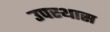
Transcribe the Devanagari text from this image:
उपस्थास